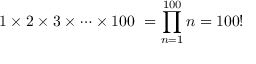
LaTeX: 1 \times 2 \times 3 \times \cdots \times 1 0 0 \ = \prod _ { n = 1 } ^ { 1 0 0 } n = 1 0 0 !